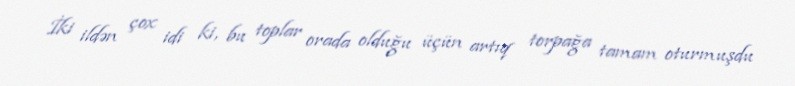
İki ildən çox idi ki, bu toplar orada olduğu üçün artıq torpağa tamam oturmuşdu